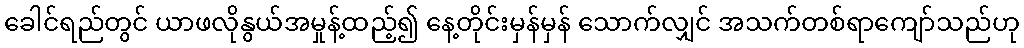
ခေါင်ရည်တွင် ယာဖလိုနွယ်အမှုန့်ထည့်၍ နေ့တိုင်းမှန်မှန် သောက်လျှင် အသက်တစ်ရာကျော်သည်ဟု